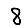
Digit: 8